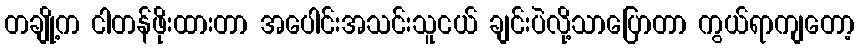
တချို့က ငါတန်ဖိုးထားတာ အပေါင်းအသင်းသူငယ် ချင်းပဲလို့သာပြောတာ ကွယ်ရာကျတော့